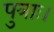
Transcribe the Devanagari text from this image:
पुत्राः।